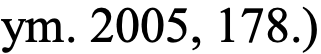
ym. 2005, 178.)